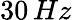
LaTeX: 30\, Hz